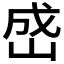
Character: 𪨯